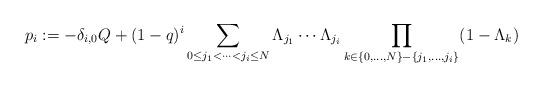
LaTeX: \begin{align*} p_i := -\delta_{i,0}Q + (1-q)^i \sum_{0 \leq j_1 < \cdots < j_i \leq N} \Lambda_{j_1} \cdots \Lambda_{j_i} \prod_{k \in \{0,\dots,N\}-\{j_1, \dots, j_i\}} (1-\Lambda_k) \end{align*}